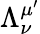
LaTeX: \Lambda_{\nu}^{\mu^{\prime}}